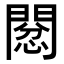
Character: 𢡙